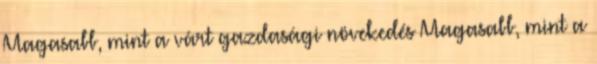
Magasabb, mint a várt gazdasági növekedés Magasabb, mint a